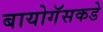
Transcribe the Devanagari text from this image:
बायोगॅसकडे